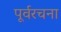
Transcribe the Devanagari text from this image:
पूर्वरचना